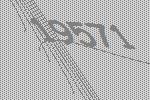
19571